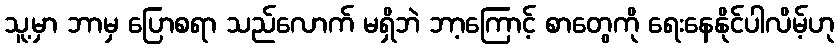
သူ့မှာ ဘာမှ ပြောစရာ သည်လောက် မရှိဘဲ ဘာ့ကြောင့် စာတွေကို ရေးနေနိုင်ပါလိမ့်ဟု